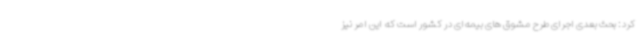
کرد: بحث بعدی اجرای طرح مشوق های بیمه‌ای در کشور است که این امر نیز